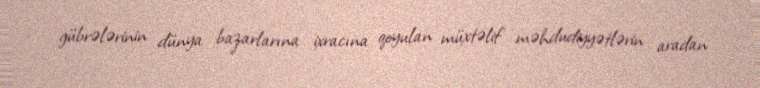
gübrələrinin dünya bazarlarına ixracına qoyulan müxtəlif məhdudiyyətlərin aradan